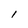
Character: I